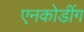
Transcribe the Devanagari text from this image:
एनकोडींग